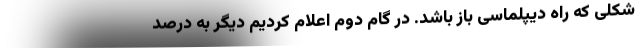
شکلی که راه دیپلماسی باز باشد. در گام دوم اعلام کردیم دیگر به درصد